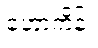
ဟောကိန်း